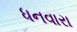
ધનવારા